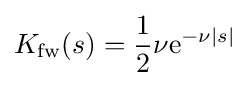
K_{\text{fw}}(s)={\frac {1}{2}}\nu {\text{e}}^{-\nu |s|}